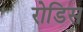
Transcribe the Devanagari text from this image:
रोडिस